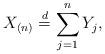
LaTeX: \begin{align*} X_{(n)}\stackrel{d}{=}\sum_{j=1}^{n}Y_{j},\end{align*}